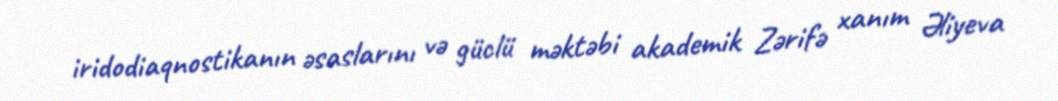
iridodiaqnostikanın əsaslarını və güclü məktəbi akademik Zərifə xanım Əliyeva